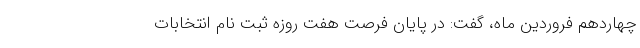
چهاردهم فروردین ماه، گفت: در پایان فرصت هفت روزه ثبت نام انتخابات